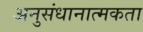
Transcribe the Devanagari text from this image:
अनुसंधानात्मकता